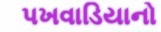
પખવાડિયાનો